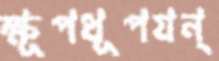
ক্ষূপধূপযন্